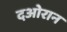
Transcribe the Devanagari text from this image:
दओरान